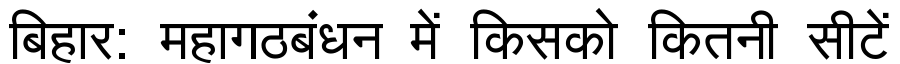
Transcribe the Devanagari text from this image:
बिहार: महागठबंधन में किसको कितनी सीटें